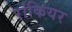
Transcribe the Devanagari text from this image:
रांकियर